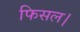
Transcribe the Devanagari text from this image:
फिसल।